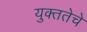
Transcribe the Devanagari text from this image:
युक्ततेचे